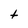
Character: t